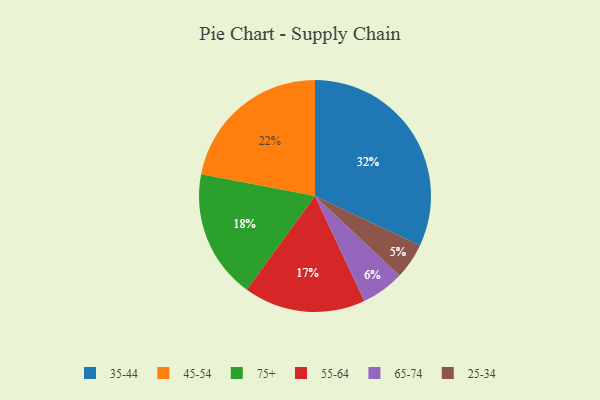
{"axis": {"x": "Category", "y": "Percentage"}, "legend": ["25-34", "35-44", "45-54", "55-64", "65-74", "75+"], "data": [{"x": "55-64", "y": 17, "type": "55-64"}, {"x": "45-54", "y": 22, "type": "45-54"}, {"x": "35-44", "y": 32, "type": "35-44"}, {"x": "75+", "y": 18, "type": "75+"}, {"x": "25-34", "y": 5, "type": "25-34"}, {"x": "65-74", "y": 6, "type": "65-74"}]}